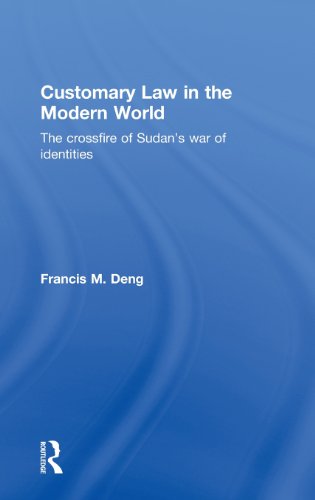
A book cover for Customary Law in the Modern World: The Crossfire of Sudan's War of Identities (Kegan Paul Africa Library); Francis M. Deng; Law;